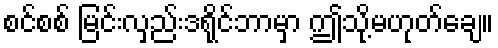
စင်စစ် မြင်းလှည်းဒရိုင်ဘာမှာ ဤသို့မဟုတ်ချေ။